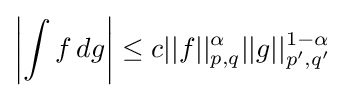
\left|\int f\,dg\right|\leq c||f||_{p,q}^{\alpha }||g||_{p',q'}^{1-\alpha }